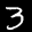
Label: 3